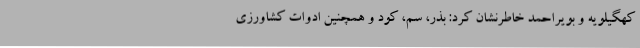
کهگیلویه و بویراحمد خاطرنشان کرد: بذر، سم، کود و همچنین ادوات کشاورزی